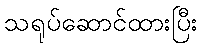
သရုပ်ဆောင်ထားပြီး